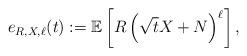
LaTeX: \begin{align*}e_{R,X,\ell}(t):= \mathbb{E}\left[ R\left( \sqrt{t}X+N \right)^\ell \right],\end{align*}